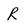
Character: R